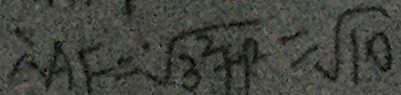
A F = \sqrt { 3 ^ { 2 } + 1 ^ { 2 } } = \sqrt { 1 0 }